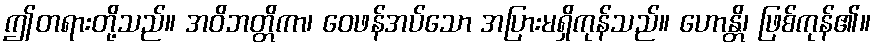
ဤတရားတို့သည်။ အဝိဘတ္တိကာ၊ ဝေဖန်အပ်သော အပြားမရှိကုန်သည်။ ဟောန္တိ၊ ဖြစ်ကုန်၏။